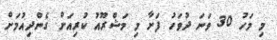
މި މަހު 30 ވަނަ ދުވަހު ފަށާ މި މަޝްރޫއު ކުރިއަށް ގެންދިއުމަށް